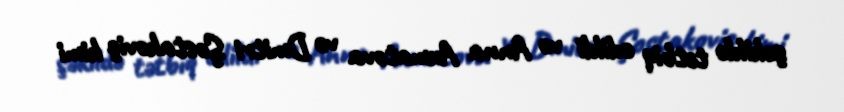
şəkildə tətbiq edildi və Anna Axmatova və Dmitri Şostakoviç kimi